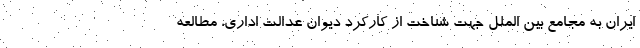
ایران به مجامع بین الملل جهت شناخت از کارکرد دیوان عدالت اداری، مطالعه